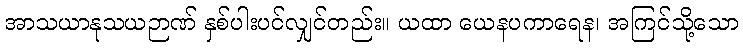
အာသယာနုသယဉာဏ် နှစ်ပါးပင်လျှင်တည်း။ ယထာ ယေနပကာရေန၊ အကြင်သို့သော